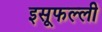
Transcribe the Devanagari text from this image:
इसूफल्ली